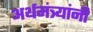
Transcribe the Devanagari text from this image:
अर्थमंत्र्यांनी